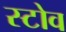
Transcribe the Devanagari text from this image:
स्‍टोव